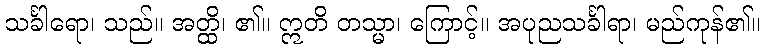
သင်္ခါရော၊ သည်။ အတ္ထိ၊ ၏။ ဣတိ တသ္မာ၊ ကြောင့်။ အပုညသင်္ခါရာ၊ မည်ကုန်၏။